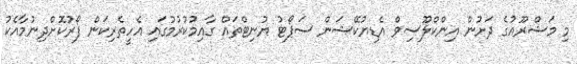
މި މަޝްރޫއުގެ ދަށުން އިންކްލޫސިވް އެޑިޔުކޭޝަން ސަޕޯޓު ޔުނިޓްތައް ގާއިމުކުރުމުގައި އެހީތެރިކަން ފޯރުކޮށްދިނުމާއެކު